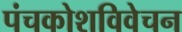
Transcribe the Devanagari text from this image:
पंचकोशविवेचन